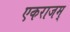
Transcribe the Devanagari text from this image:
एकराजम्